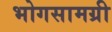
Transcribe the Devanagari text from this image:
भोगसामग्री